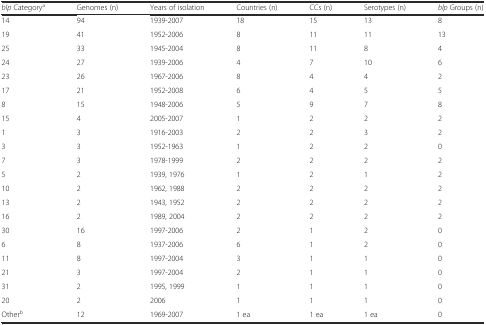
| blp Categorya | Genomes (n) | Years of isolation | Countries (n) | CCs (n) | Serotypes (n) | blp Groups (n) |
 | --- | --- | --- | --- | --- | --- | --- |
 | 14 | 94 | 1939-2007 | 18 | 15 | 13 | 8 |
 | 19 | 41 | 1952-2006 | 8 | 11 | 11 | 13 |
 | 25 | 33 | 1945-2004 | 8 | 11 | 8 | 4 |
 | 24 | 27 | 1939-2006 | 4 | 7 | 10 | 6 |
 | 23 | 26 | 1967-2006 | 8 | 4 | 4 | 2 |
 | 17 | 21 | 1952-2008 | 6 | 4 | 5 | 5 |
 | 8 | 15 | 1948-2006 | 5 | 9 | 7 | 8 |
 | 15 | 4 | 2005-2007 | 1 | 2 | 2 | 2 |
 | 1 | 3 | 1916-2003 | 2 | 2 | 3 | 2 |
 | 3 | 3 | 1952-1963 | 1 | 2 | 2 | 0 |
 | 7 | 3 | 1978-1999 | 2 | 2 | 2 | 2 |
 | 5 | 2 | 1939, 1976 | 1 | 2 | 1 | 2 |
 | 10 | 2 | 1962, 1988 | 2 | 2 | 2 | 2 |
 | 13 | 2 | 1943, 1952 | 2 | 2 | 2 | 2 |
 | 16 | 2 | 1989, 2004 | 2 | 2 | 2 | 2 |
 | 30 | 16 | 1997-2006 | 2 | 1 | 2 | 0 |
 | 6 | 8 | 1937-2006 | 6 | 1 | 2 | 0 |
 | 11 | 8 | 1997-2004 | 3 | 1 | 1 | 0 |
 | 21 | 3 | 1997-2004 | 2 | 1 | 1 | 0 |
 | 31 | 2 | 1995, 1999 | 1 | 1 | 1 | 0 |
 | 20 | 2 | 2006 | 1 | 1 | 1 | 0 |
 | Otherb | 12 | 1969-2007 | 1 ea | 1 ea | 1 ea | 0 |